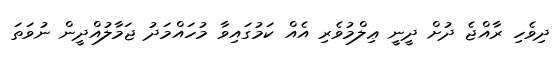
ދިވެހި ރާއްޖެ ދުށް ދީނީ ޢިލްމުވެރި އެއް ކަމުގައިވާ މުހައްމަދު ޖަމާލުއްދީން ނުވަތަ